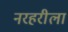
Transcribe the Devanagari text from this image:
नरहरीला